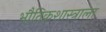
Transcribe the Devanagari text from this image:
भौतिकशास्त्राला